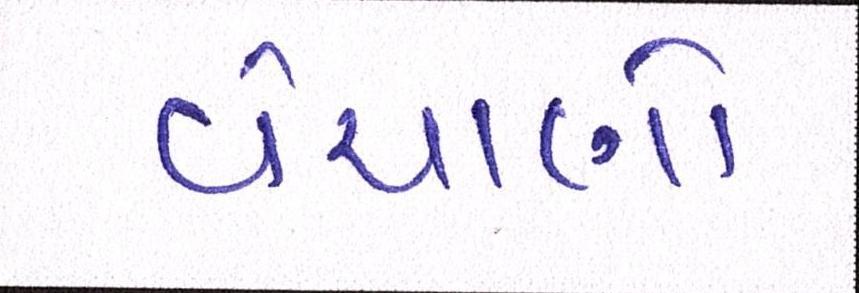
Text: વેચાણો